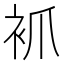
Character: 𧘷